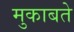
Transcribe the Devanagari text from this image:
मुकाबते